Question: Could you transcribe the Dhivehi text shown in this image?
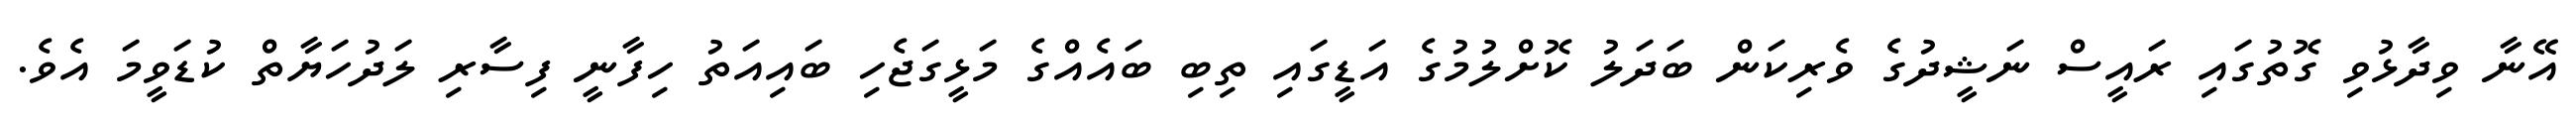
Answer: އޭނާ ވިދާޅުވި ގޮތުގައި ރައީސް ނަޝީދުގެ ވެރިކަން ބަދަލު ކޮށްލުމުގެ އަޑީގައި ތިބި ބައެއްގެ މަޅީގަޖެހި ބައިއަތު ހިފާނީ ފިސާރި ލަދުހަޔާތް ކުޑަވީމަ އެވެ.